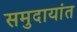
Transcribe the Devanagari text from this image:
समुदायांत